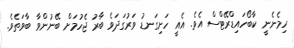
ހިމެނެނީ ކާބޯހައިޑްރޭޓްސް އެވެ. އެއީ ހަށިގަނޑު ވަރުގަދަވެ ބާރު ޖެހުމަށް ބޭނުންވާ ބާވަތެވެ.